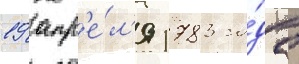
19 апр'е́л'я 1783 го́да